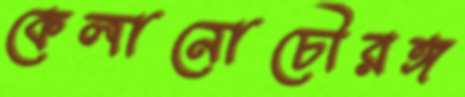
কেলানোচৌরঙ্গ